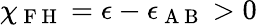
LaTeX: \chi_{\mathrm{~F~H~}}=\epsilon-\epsilon_{\mathrm{~A~B~}}>0